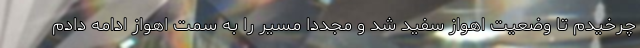
چرخیدم تا وضعیت اهواز سفید شد و مجددا مسیر را به سمت اهواز ادامه دادم